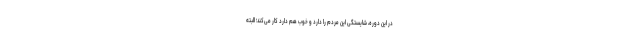
در این دوره، شایستگی این مردم را دارد و خوب هم دارد کار می‌کند؛ البته